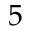
5